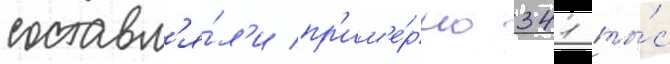
составл'я́л'и пр'им'е́рно 341 ты́с